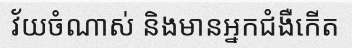
វ័យចំណាស់ និងមានអ្នកជំងឺកើត